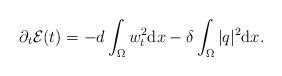
LaTeX: \begin{align*}\partial_{t} \mathcal{E}(t) = -d \int_{\Omega} w_{t}^{2} \mathrm{d} x - \delta \int_{\Omega} |q|^{2} \mathrm{d} x. \end{align*}